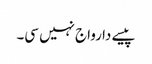
پیسے دا رواج نہیں سی۔